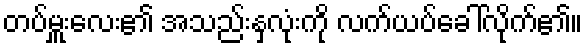
တပ်မှူးလေး၏ အသည်းနှလုံးကို လက်ယပ်ခေါ်လိုက်၏။